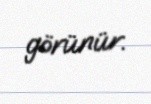
görünür.